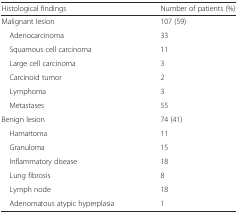
| Histological findings | Number of patients (%) |
 | --- | --- |
 | Malignant lesion | 107 (59) |
 | Adenocarcinoma | 33 |
 | Squamous cell carcinoma | 11 |
 | Large cell carcinoma | 3 |
 | Carcinoid tumor | 2 |
 | Lymphoma | 3 |
 | Metastases | 55 |
 | Benign lesion | 74 (41) |
 | Hamartoma | 11 |
 | Granuloma | 15 |
 | Inflammatory disease | 18 |
 | Lung fibrosis | 8 |
 | Lymph node | 18 |
 | Adenomatous atypic hyperplasia | 1 |